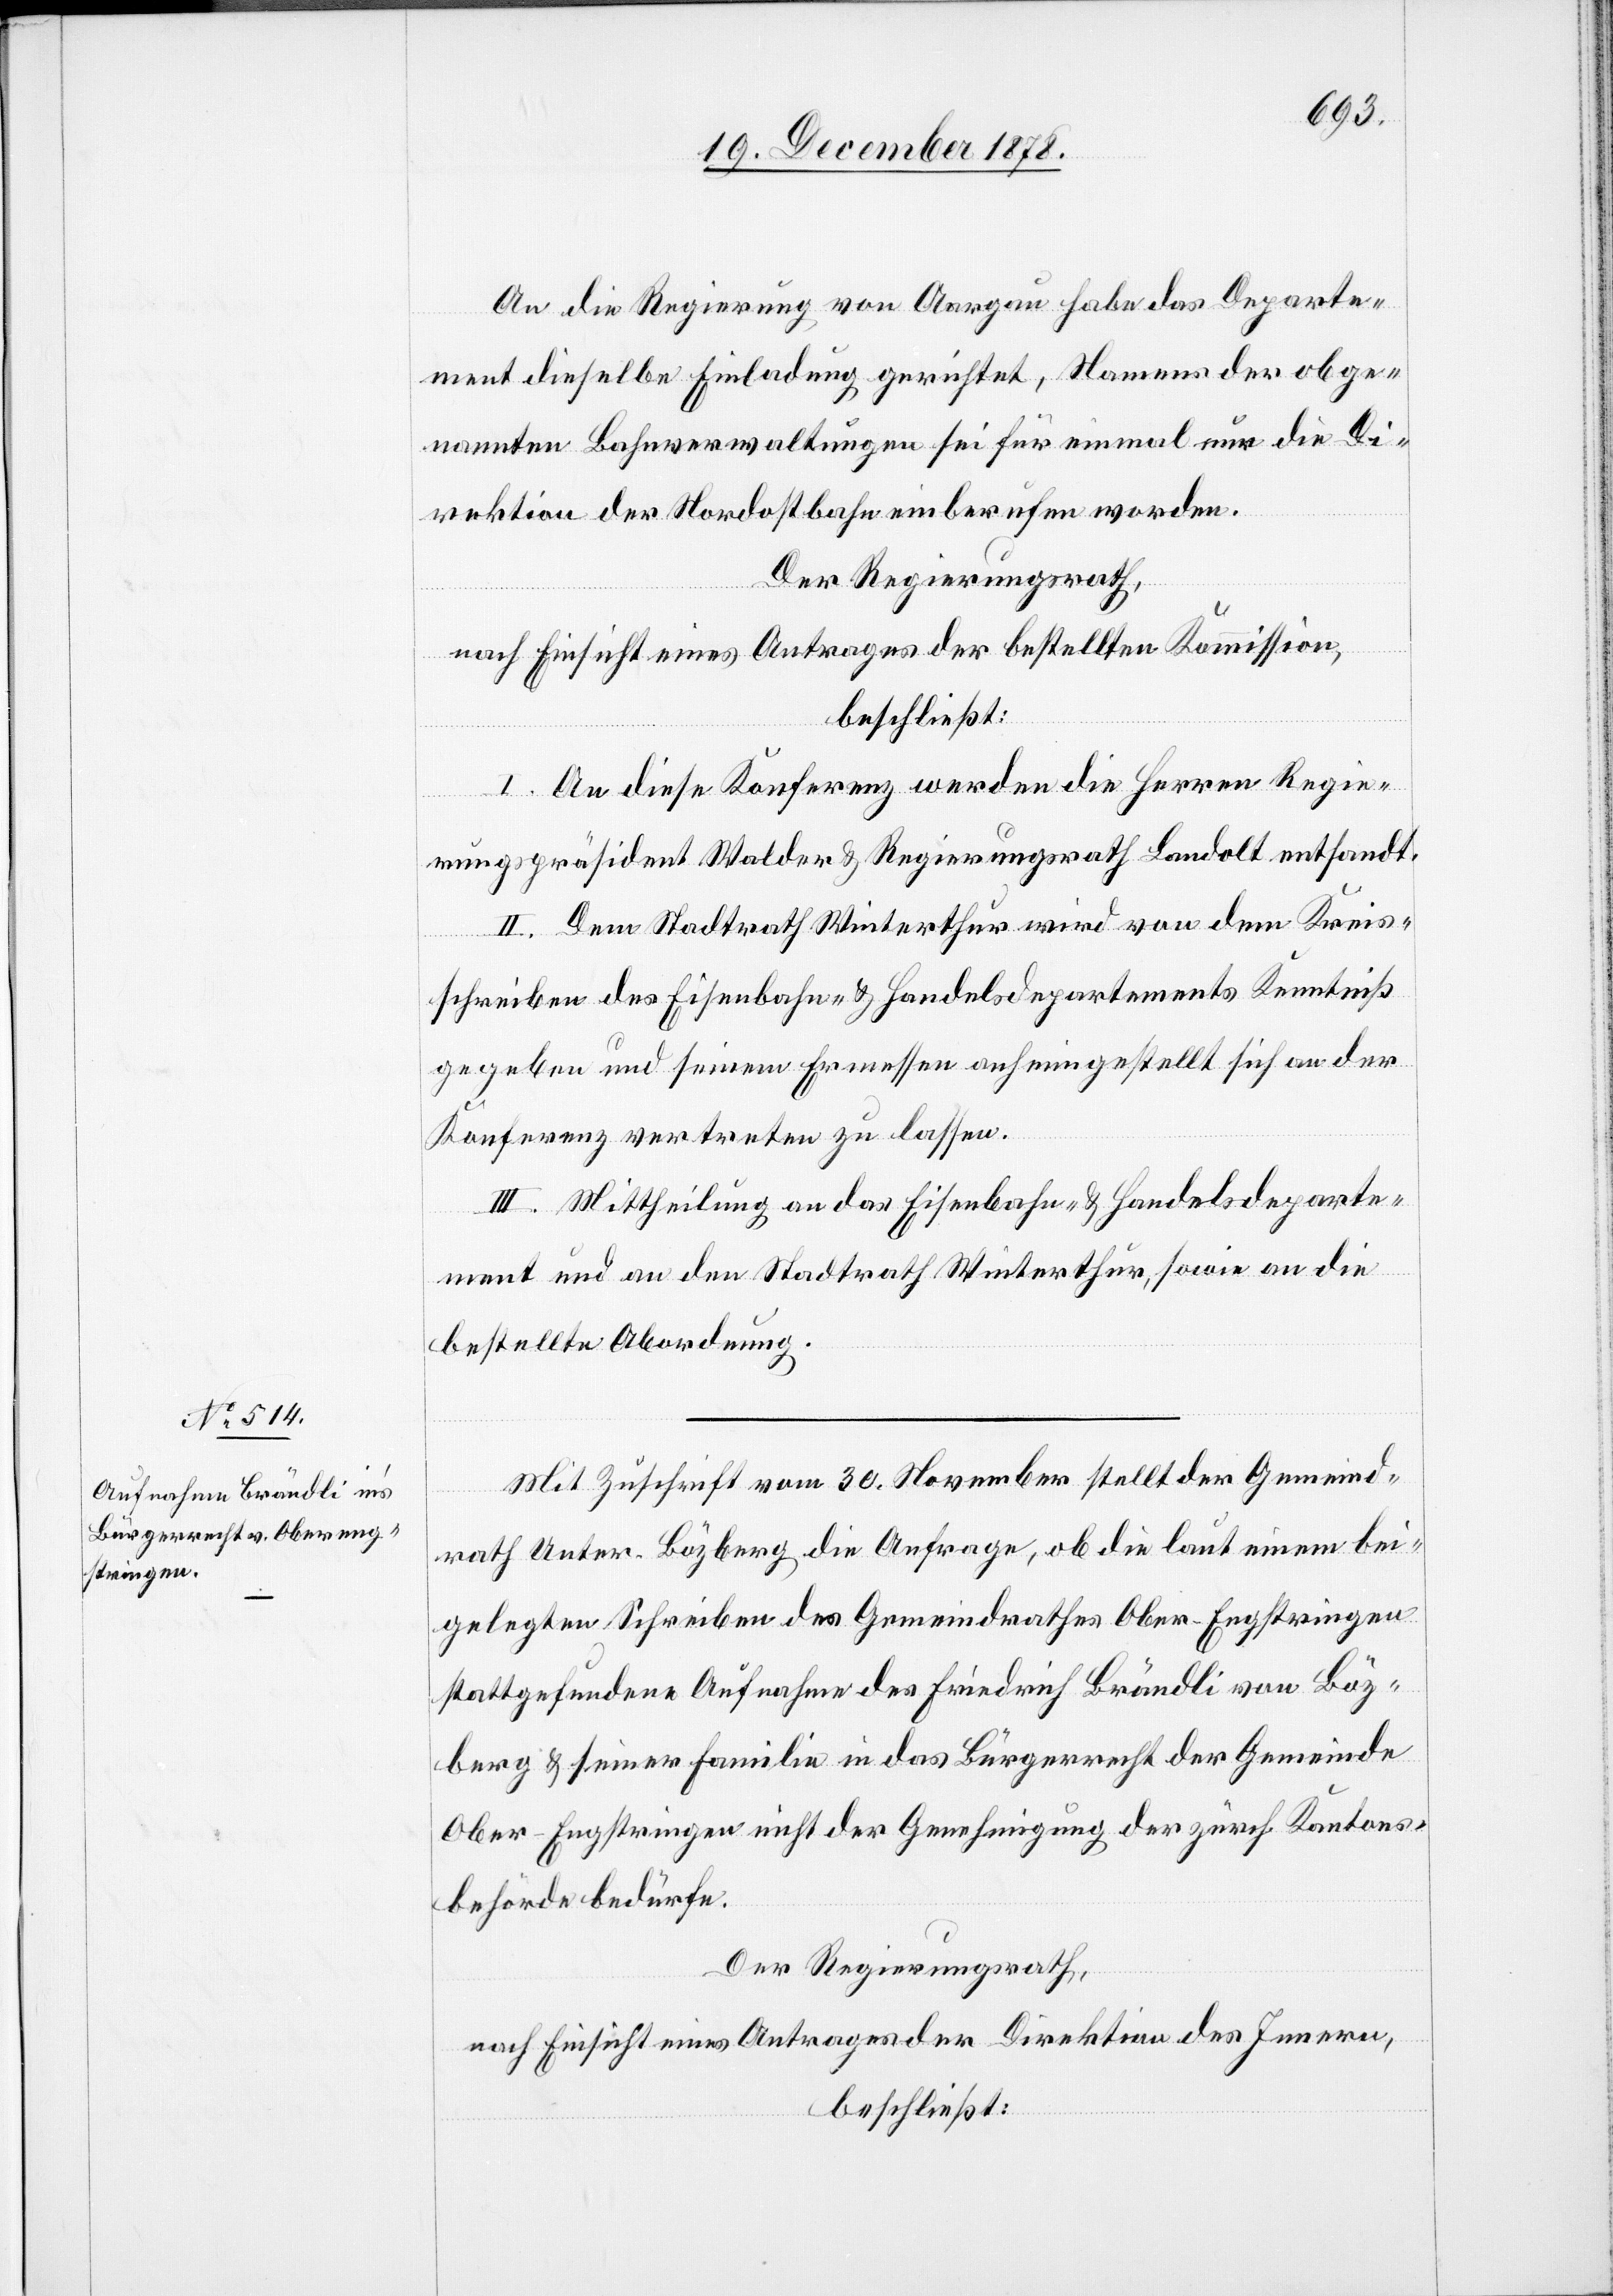
An die Regierung von Aargau habe das Departe¬
ment dieselbe Einladung gerichtet, Namens der obge¬
nannten Bahnverwaltungen sei für einmal nur die Di¬
rektion der Nordostbahn einberufen worden.
Der Regierungsrath,
nach Einsicht eines Antrages der bestellten Kommission,
beschließt:
I. An diese Konferenz werden die Herren Regie¬
rungspräsident Walder & Regierungsrath Landolt entsandt.
II. Der Stadtrath Winterthur wird von dem Kreis¬
schreiben des Eisenbahn- & Handelsdepartements Kenntniß
gegeben und seinem Ermessen anheimgestellt sich an der
Konferenz vertreten zu lassen.
III. Mittheilung an das Eisenbahn- & Handelsdeparte¬
ment und an den Stadtrath Winterthur, sowie an die
bestellte Abordnung.
Mit Zuschrift vom 30. November stellt der Gemeind¬
rath Unter-Bözberg die Anfrage, ob die laut einem bei¬
gelegten Schreiben des Gemeindrathes Ober-Engstringen
stattgefundene Aufnahme des Friedrich Brändli von Böz¬
berg & seiner Familie in das Bürgerrecht der Gemeinde
Ober-Engstringen nicht der Genehmigung der zürch. Kantons¬
behörde bedürfe.
Der Regierungsrath,
nach Einsicht eines Antrages der Direktion des Innern,
beschließt: